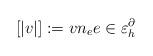
LaTeX: \begin{align*} [|v|]:= vn_{e} e\in \varepsilon^{\partial}_{h} \end{align*}